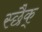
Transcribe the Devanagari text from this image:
स्छैक्